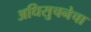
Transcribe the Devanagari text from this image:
अधिसुचनेचा